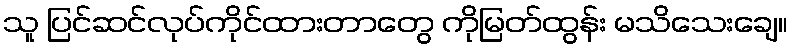
သူ ပြင်ဆင်လုပ်ကိုင်ထားတာတွေ ကိုမြတ်ထွန်း မသိသေးချေ။